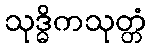
သုဒ္ဓိကသုတ္တံ